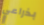
بذراعي